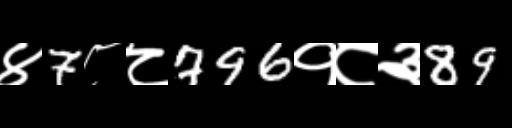
Text: ४7८८796१८३89